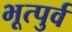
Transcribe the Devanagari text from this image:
भूत्पुर्व